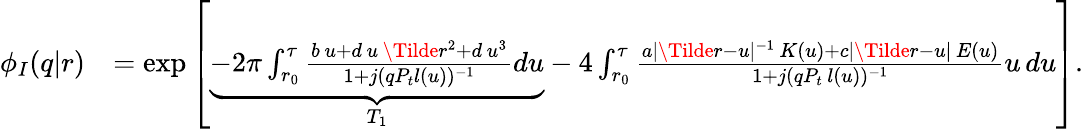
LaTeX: \begin{array}{rl}{\phi_{I}(q|r)}&{=\exp\left[\underbrace{-2\pi\int_{r_{0}}^{\tau}\frac{b\, u+d\, u\, \Tilde{r}^{2}+d\, u^{3}}{1+j(qP_{t}l(u))^{-1}}du}_{T_{1}}-4\int_{r_{0}}^{\tau}\frac{a|\Tilde{r}-u|^{-1}\, K(u)+c|\Tilde{r}-u|\, E(u)}{1+j(qP_{t}\, l(u))^{-1}}u\, du\right].}\end{array}